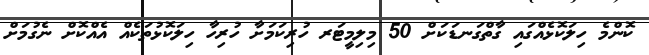
ކޮންމެ ހިލަކޮޅެއްގައި ގާތްގަނޑަކަށް 50 މިލިމީޓަރ ހުރިކަމަށާ ހުރިހާ ހިލަކޮޅުތަކެއް އެއްކޮށް ނެގުމަށް